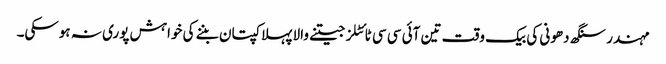
مہندر سنگھ دھونی کی بیک وقت تین آئی سی سی ٹائٹلز جیتنے والا پہلا کپتان بننے کی خواہش پوری نہ ہوسکی۔